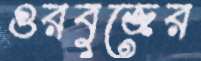
গুরবুজের